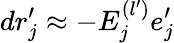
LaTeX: dr_{j}^{\prime}\approx-E_{j}^{(l^{\prime})}e_{j}^{\prime}